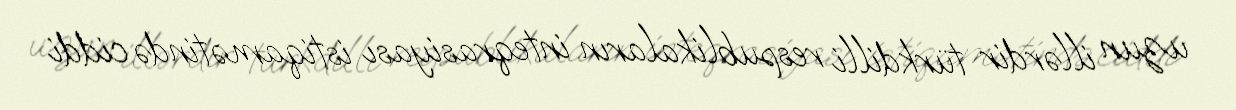
uzun illərdir türkdilli respublikaların inteqrasiyası istiqamətində ciddi